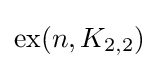
\operatorname {ex} (n,K_{2,2})